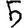
Digit: 5